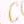
C